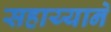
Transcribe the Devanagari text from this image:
सहाय्यानें